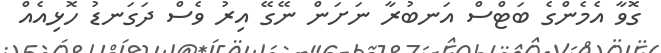
ގޮވާ އެމެންގެ ބަޓްސް އަނބުރާ ނަށަން ނޭގޭ އިރު ވެސް ދަގަނޑު ހޮޅިއެއް